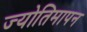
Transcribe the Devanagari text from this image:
ज्योतिमापन